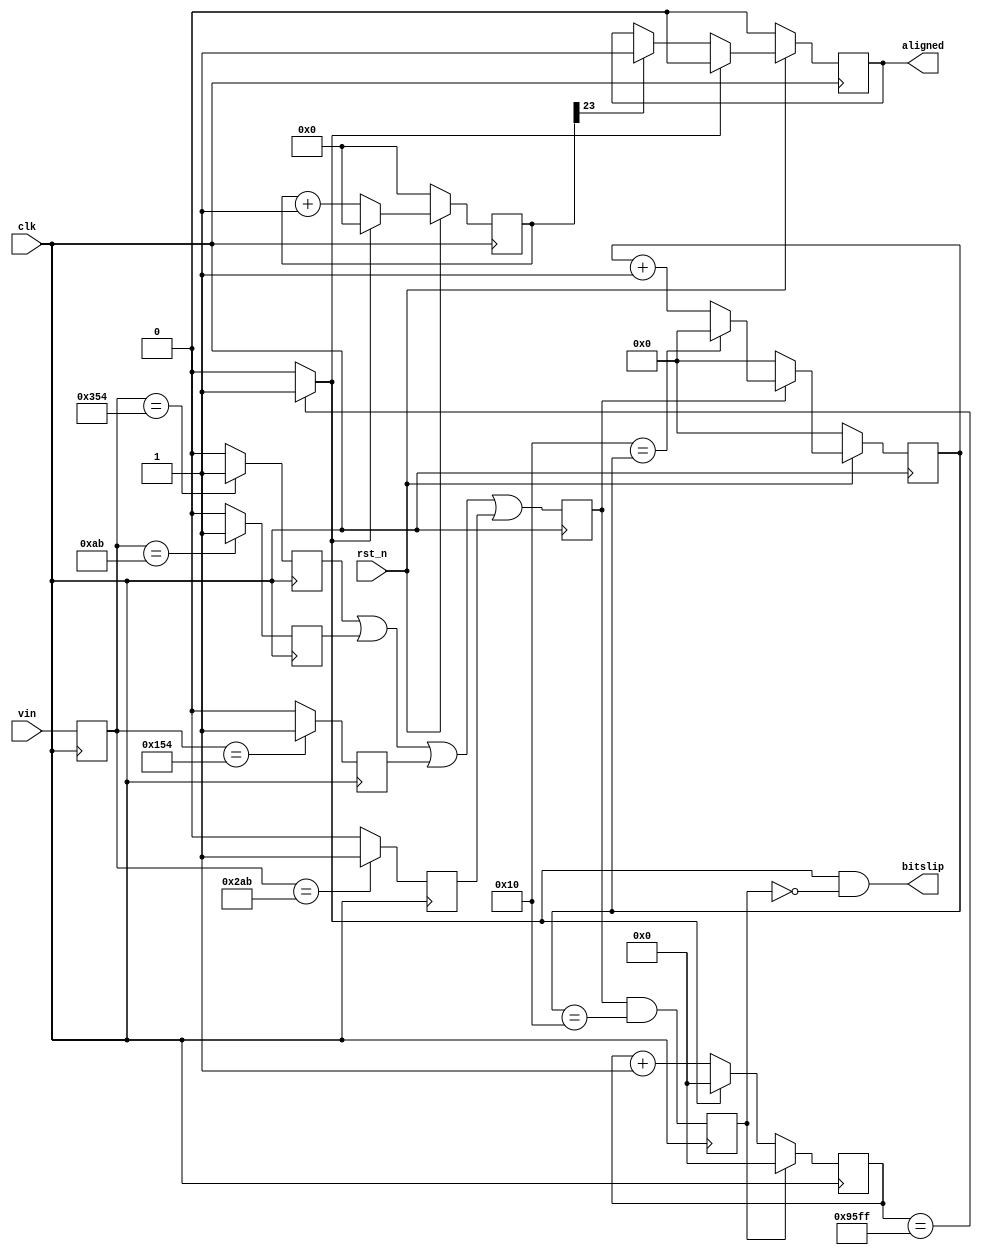

module phasealign_v1(
input		clk,
input 	rst_n,
input [9:0] vin,

output bitslip,
output reg aligned



);

parameter CTRLTOKEN0 = 10'h354;
parameter CTRLTOKEN1 = 10'h0ab;
parameter CTRLTOKEN2 = 10'h154;
parameter CTRLTOKEN3 = 10'h2ab;
parameter kTimeoutEnd = 38400;   
parameter SYNC_CNT = 16;
reg            ptkn0_flag;
reg            ptkn1_flag;
reg            ptkn2_flag;
reg            ptkn3_flag;       
//reg define
reg             ptkn_flag=0; 
reg             ptkn_flagq=0;   
reg             pblank_begin=0;
reg [9:0] 			vin_r = 'd0;    
reg [10:0]      blank_cnt = 'd0;
reg     [31:0]  rtimeout_cnt=0;       
reg							time_out_rst = 'd0;  
reg [23:0] 			align_cnt = 'd0;
//wire define
wire 						rtimeout_ovf       ;

always @( posedge clk )
begin
			ptkn0_flag <= (vin_r ==  CTRLTOKEN0 ) ? 1'b1 : 1'b0;                                                      
			ptkn1_flag <= (vin_r ==  CTRLTOKEN1 ) ? 1'b1 : 1'b0;                                                          
			ptkn2_flag <= (vin_r ==  CTRLTOKEN2 ) ? 1'b1 : 1'b0;                                                      
			ptkn3_flag <= (vin_r ==  CTRLTOKEN3 ) ? 1'b1 : 1'b0;
end  

//Register pipeline                                                                                                                  
always@(posedge clk)
begin
    vin_r <= vin;
    ptkn_flag <= ptkn0_flag || ptkn1_flag || ptkn2_flag || ptkn3_flag;
    ptkn_flagq <= ptkn_flag;
end   

assign bitslip = rtimeout_ovf & ~time_out_rst;
assign rtimeout_ovf = (rtimeout_cnt == (kTimeoutEnd - 1))? 1'b1 : 1'b0;
always@(posedge clk )begin
    if(time_out_rst)
        rtimeout_cnt <= 0;  
    else if( rtimeout_ovf == 1 )
    			rtimeout_cnt <= 'd0;
    else
        rtimeout_cnt <= rtimeout_cnt + 1;
end 

always @( posedge clk )
begin
		if( !rst_n  ) begin
				blank_cnt <= 'd0;
		end else if( ptkn_flag ) begin
				if( SYNC_CNT == blank_cnt )
						blank_cnt <= 0;
				else	
						blank_cnt <= blank_cnt + 1'b1;
		end else 
				blank_cnt <= 'd0;
end

always @( posedge clk )
begin
		time_out_rst <=  ptkn_flag && blank_cnt ==  SYNC_CNT;
				
end             

always @( posedge clk )
begin
		if( !rst_n )
				align_cnt <= 'd0;    
		else if( rtimeout_ovf )
				align_cnt <= 'd0;
		else 
				align_cnt <= align_cnt + 1'b1;
end                               

always @( posedge clk )
begin
		if( !rst_n )
				aligned <= 1'b0;
		else if( rtimeout_ovf )
				aligned <= 1'b0;
		else if( align_cnt[23]) 
				aligned <= 1'b1;
end 


endmodule